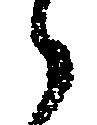
候